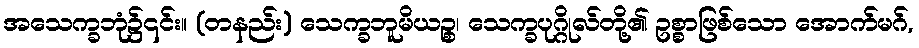
အသေက္ခဘုံ၌၎င်း။ (တနည်း) သေက္ခဘူမိယဉ္စ၊ သေက္ခပုဂ္ဂိုလ်တို့၏ ဥစ္စာဖြစ်သော အောက်မဂ်,